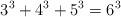
LaTeX: \begin{align*}3^{3}+4^{3}+5^{3}=6^{3}\end{align*}